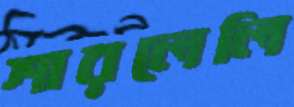
শারলেলি